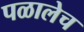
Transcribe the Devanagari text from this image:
पळालेच